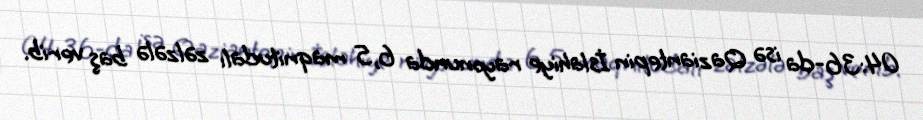
04:36-da isə Qaziantepin İslahiye rayonunda 6,5 maqnitudalı zəlzələ baş verib.